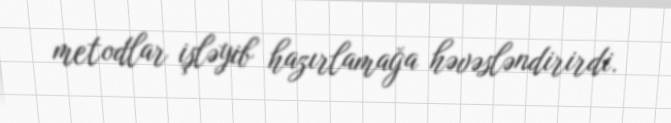
metodlar işləyib hazırlamağa həvəsləndirirdi.